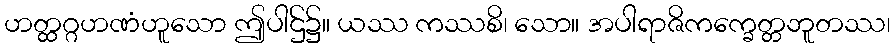
ဟတ္ထဂ္ဂဟဏံဟူသော ဤပါဌ်၌။ ယဿ ကဿစိ၊ သော။ အပါရာဇိကက္ခေတ္တဘူတဿ၊